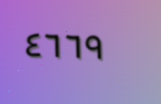
٤٦٦٩